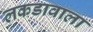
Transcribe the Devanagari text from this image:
लकडावाला